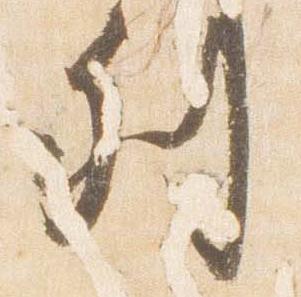
列